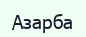
Азарба